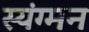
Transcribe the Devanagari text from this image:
स्यंग्मन